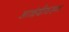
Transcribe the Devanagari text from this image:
आळंदीवरून